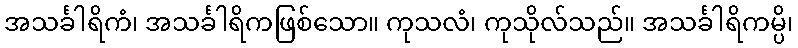
အသင်္ခါရိကံ၊ အသင်္ခါရိကဖြစ်သော။ ကုသလံ၊ ကုသိုလ်သည်။ အသင်္ခါရိကမ္ပိ၊